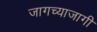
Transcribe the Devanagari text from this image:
जागच्याजागी